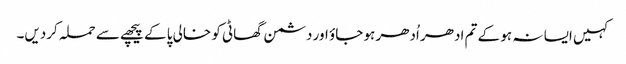
کہیں ایسا نہ ہو کے تم ادھر اُدھر ہو جاؤ اور دشمن گھاٹی کو خالی پا کے پیچھے سے حملہ کردیں۔